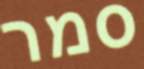
סמר